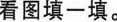
01看图填一填。